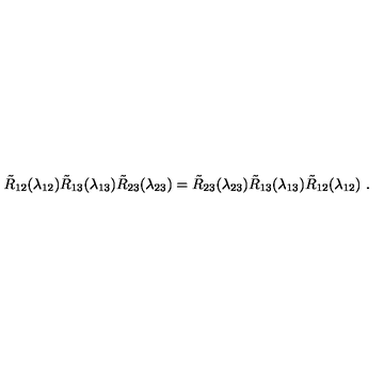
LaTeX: \tilde { R } _ { 1 2 } ( \lambda _ { 1 2 } ) \tilde { R } _ { 1 3 } ( \lambda _ { 1 3 } ) \tilde { R } _ { 2 3 } ( \lambda _ { 2 3 } ) = \tilde { R } _ { 2 3 } ( \lambda _ { 2 3 } ) \tilde { R } _ { 1 3 } ( \lambda _ { 1 3 } ) \tilde { R } _ { 1 2 } ( \lambda _ { 1 2 } ) \ .